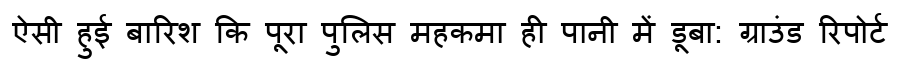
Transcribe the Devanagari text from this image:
ऐसी हुई बारिश कि पूरा पुलिस महकमा ही पानी में डूबा: ग्राउंड रिपोर्ट